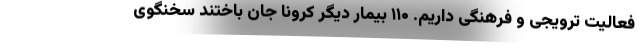
فعالیت ترویجی و فرهنگی داریم. ۱۱۰ بیمار دیگر کرونا جان باختند سخنگوی